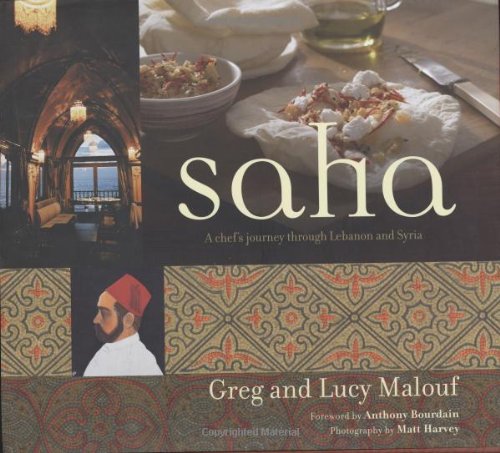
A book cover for Saha: A Chef's Journey Through Lebanon and Syria [Middle Eastern Cookbook, 150 Recipes]; Greg Malouf; Cookbooks, Food & Wine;